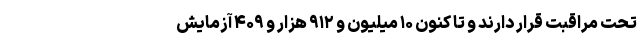
تحت مراقبت قرار دارند و تا کنون ۱۰ میلیون و ۹۱۲ هزار و ۴۰۹ آزمایش